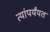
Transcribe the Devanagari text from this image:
त्यांपर्यंयत